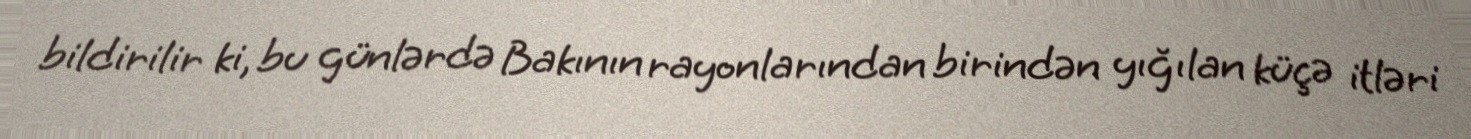
bildirilir ki, bu günlərdə Bakının rayonlarından birindən yığılan küçə itləri